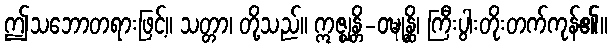
ဤသဘောတရားဖြင့်။ သတ္တာ၊ တို့သည်။ ဣဇ္ဈန္တိ-ဝဍ္ဎုန္ထိ၊ ကြီးပွါးတိုးတက်ကုန်၏။